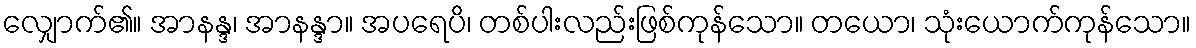
လျှောက်၏။ အာနန္ဒ၊ အာနန္ဒာ။ အပရေပိ၊ တစ်ပါးလည်းဖြစ်ကုန်သော။ တယော၊ သုံးယောက်ကုန်သော။